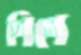
পিপে